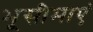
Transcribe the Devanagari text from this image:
भूसीमाएं